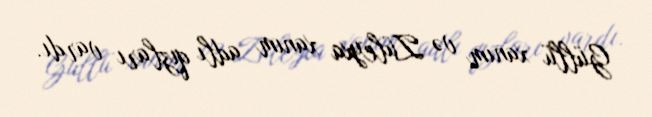
Güllü xanım və Züleyxa xanım adlı qızları vardı.